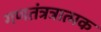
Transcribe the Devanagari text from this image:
गणतंत्रत्रात्मक